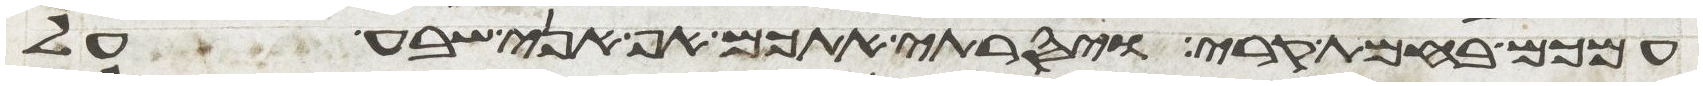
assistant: עמכם בחמת קרי ויסרתי אתכם אף אני שבע על